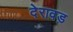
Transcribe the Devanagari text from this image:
देरावड़